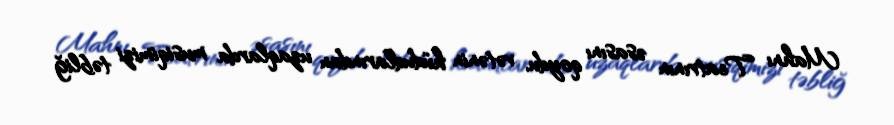
Mahnı Teatrının əsasını qoydu, vətənin hüdudlarından uzaqlarda musiqimizi təbliğ